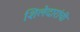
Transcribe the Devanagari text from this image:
शिलेदारांची